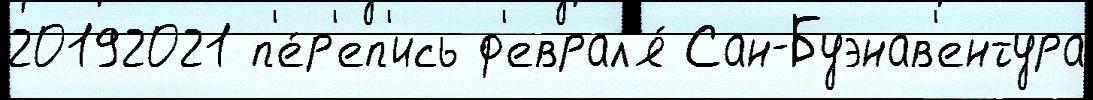
20192021 п'е́р'еп'ись ф'еврал'я́ Сан-Буэнав'ентура